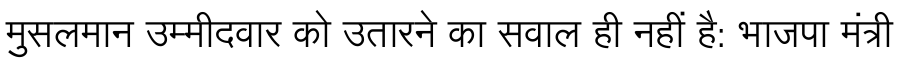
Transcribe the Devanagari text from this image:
मुसलमान उम्मीदवार को उतारने का सवाल ही नहीं है: भाजपा मंत्री